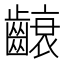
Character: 𮯐